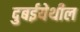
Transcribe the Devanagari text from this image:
दुबईयेथील